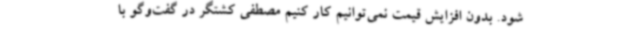
شود. بدون افزایش قیمت نمی‌توانیم کار کنیم مصطفی کشتگر در گفت‌وگو با